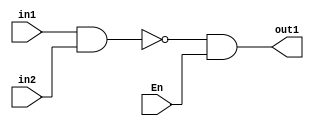
module  And_Not_Gate_1_1(input En,in1,in2,output out1);
	assign out1=(~(in1&in2))&En;
endmodule